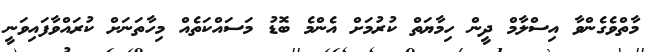
މާތްވެގެންވާ އިސްލާމް ދީން ހިމާޔަތް ކުރުމަށް އެންމެ ބޮޑު މަސައްކަތެއް މިހާތަނަށް ކުރައްވާފައިވަނީ